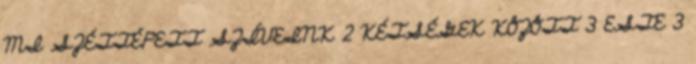
MI SZÉTTÉPETT SZÍVEINK 2 KÉTSÉGEK KÖZÖTT 3 ESTE 3